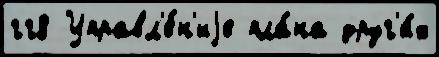
гг8 Управл'е́н'иjе пла́на друг'и́х